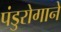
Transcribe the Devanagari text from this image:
पंडुरोगाने